Civil Veterinary Department Bihar & Orissa reports 1922-29 - 1922-1929
Year: 1922
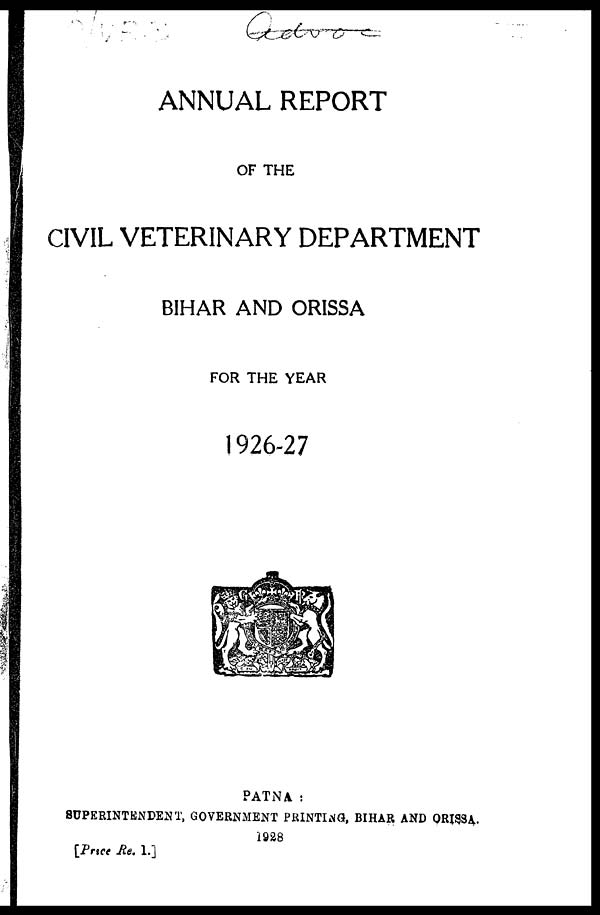
ANNUAL REPORT
OF THE
CIVIL VETERINARY DEPARTMENT
BIHAR AND ORISSA
FOR THE YEAR
1926-27
PATNA :
SUPERINTENDENT, GOVERNMENT PRINTING, BIHAR AND ORISSA.
1928
[Price He. 1.]